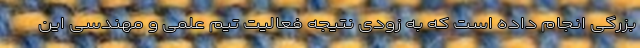
بزرگی انجام داده است که به زودی نتیجه فعالیت تیم علمی و مهندسی این